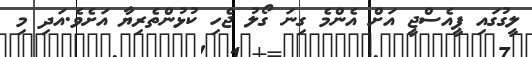
ލީގުގައި ޕީއެސްޖީ އަށް އެންމެ ގިނަ ގޯލު ޖެހި ކުޅުންތެރިޔާ އަށެވެ.އަދި މި